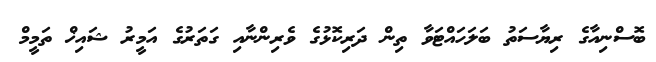
ބޮސްނިއާގެ ރިޔާސަތު ބަލަހައްޓަވާ ތިން ދަރިކޮޅުގެ ވެރިންނާއި ގަތަރުގެ އަމީރު ޝައިޚް ތަމީމް